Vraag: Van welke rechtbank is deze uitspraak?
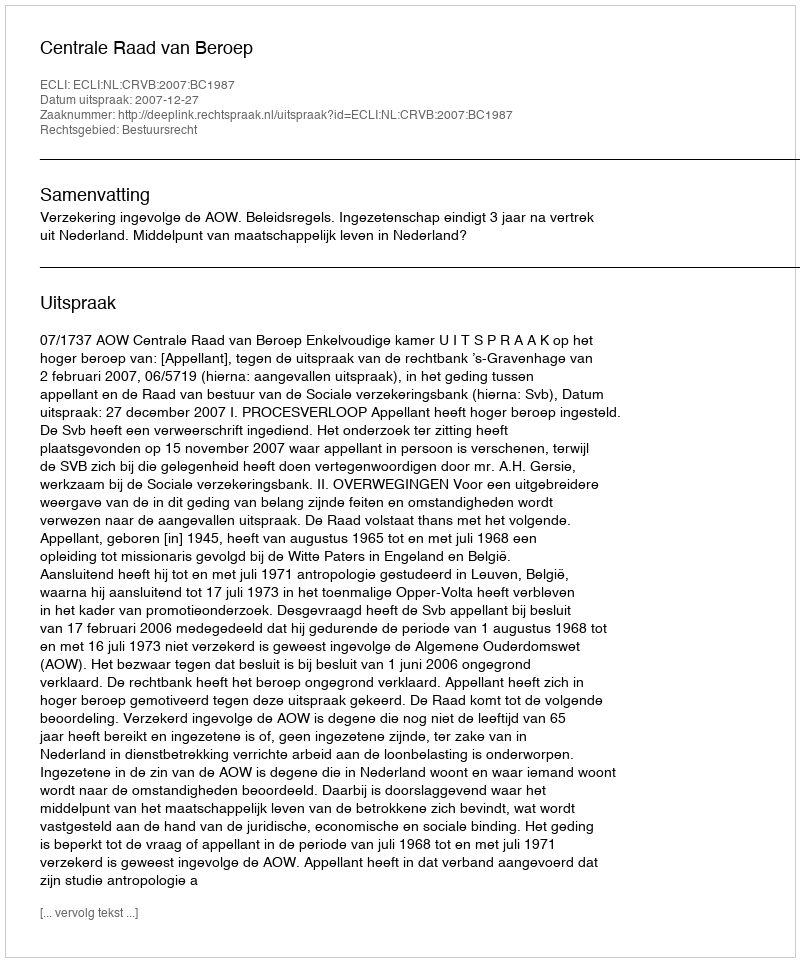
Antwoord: Centrale Raad van Beroep